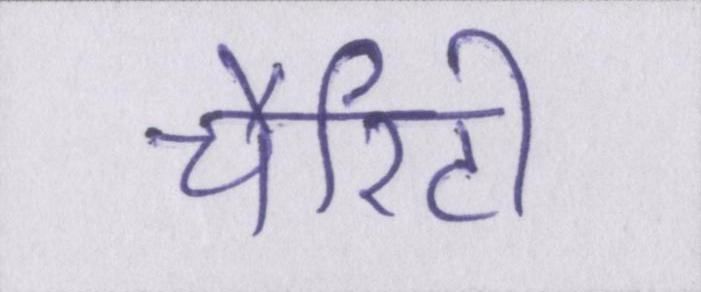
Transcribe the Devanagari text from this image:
चैरिटी